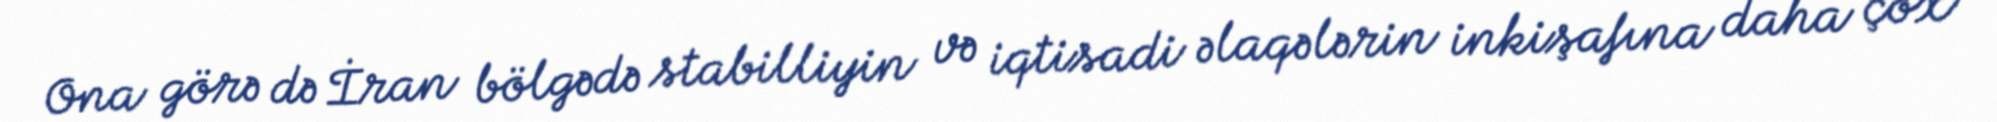
Ona görə də İran bölgədə stabilliyin və iqtisadi əlaqələrin inkişafına daha çox